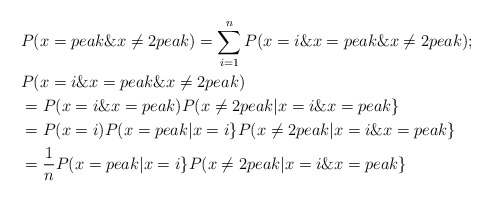
\begin{align*}&P(x=peak\&x\neq 2peak)=\sum_{i=1}^n P(x=i\&x=peak\&x\neq 2peak);\\&P(x=i\&x=peak\&x\neq 2peak)\\&=P(x=i\&x=peak)P(x\neq 2peak|x=i\&x=peak\}\\&=P(x=i)P(x=peak|x=i\}P(x\neq 2peak|x=i\&x=peak\}\\&=\frac1nP(x=peak|x=i\}P(x\neq 2peak|x=i\&x=peak\}\\\end{align*}